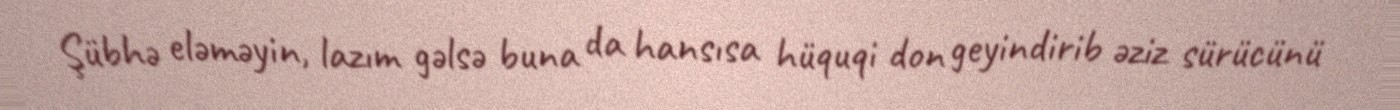
Şübhə eləməyin, lazım gəlsə buna da hansısa hüquqi don geyindirib əziz sürücünü